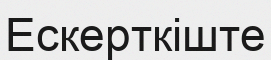
Ескерткіште